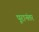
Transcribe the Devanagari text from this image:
पूरानंतर